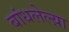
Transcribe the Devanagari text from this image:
बांधलेल्य़ा